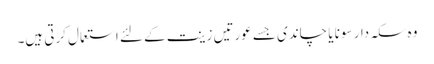
وہ سکہ دار سونا یا چاندی جسے عورتیں زینت کے لئے استعمال کرتی ہیں۔